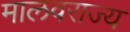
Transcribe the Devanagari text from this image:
मालवराज्य